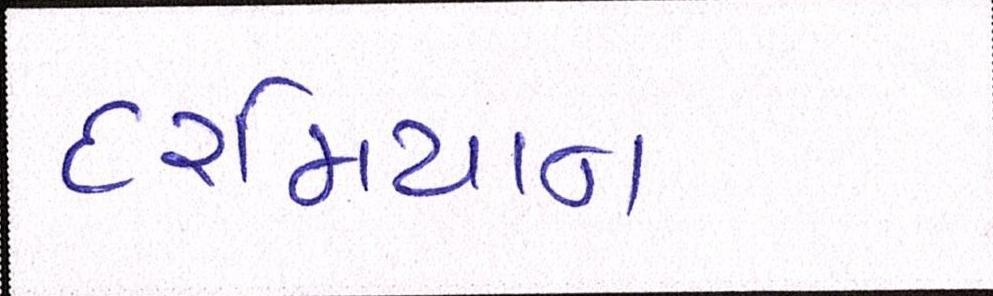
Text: દરમિયાન